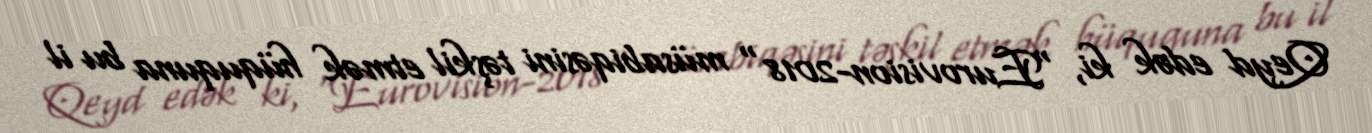
Qeyd edək ki, "Eurovision-2018" müsabiqəsini təşkil etmək hüququna bu il